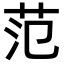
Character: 范